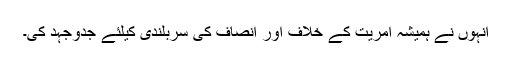
انہوں نے ہمیشہ آمریت کے خلاف اور انصاف کی سربلندی کیلئے جدوجہد کی۔